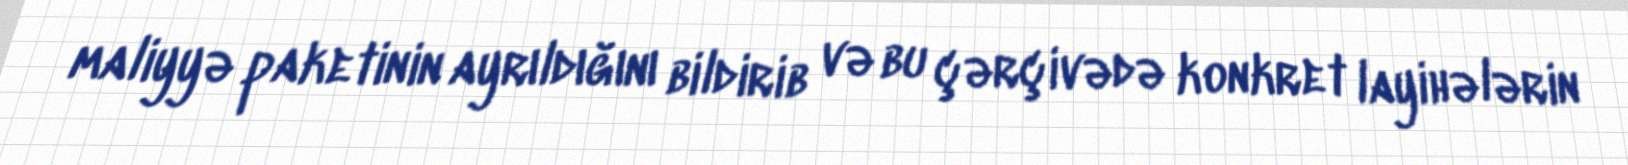
maliyyə paketinin ayrıldığını bildirib və bu çərçivədə konkret layihələrin